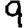
Digit: 9